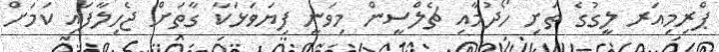
ޕްރިމިއަރ ލީގުގެ ތަށި ހޯދުމާއި ޗެލްސީން މިވަނީ ފިޔަވަޅަކާ ގާތަށް ޖެހިލާފައި ކަމަށް